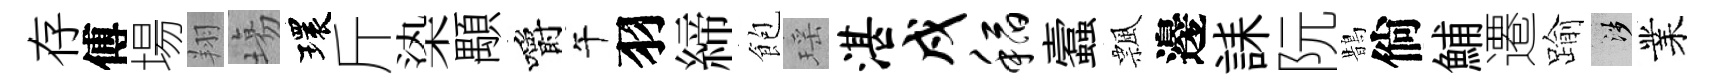
存傅場翔塲環斤𣑱顒嚼午羽締飽瑶湛戍稻蠧飄邊誄阮鵲倘鯆遷踰涉業